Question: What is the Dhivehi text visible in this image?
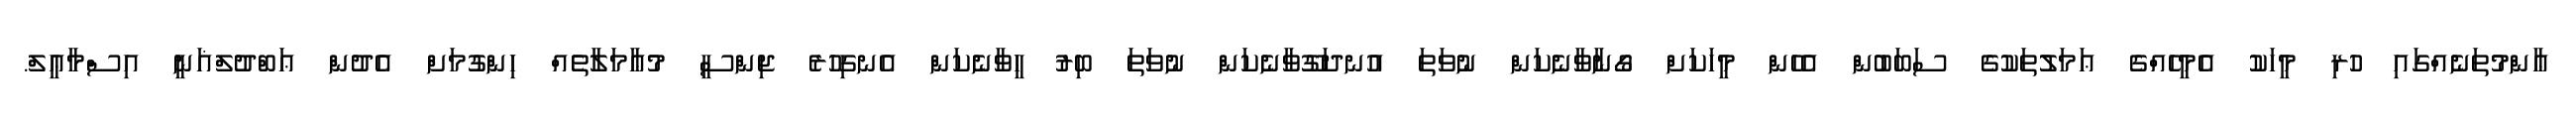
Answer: ޢާންމުތަނެއްގައި ހުރި މީހަކު އެމީހެއްގެ ޢަމަލުތަކުގެ ސަބަބުން އެހެން މީހަކަށް ގޯނާވާނެކަން ނުވަތަ އުނދަގޫވާނެކަން ނުވަތަ ބިރު ހީވާނެކަން އެނގިހުރެ ޖިންސީ މުޢާމަލާތެއް ހިންގުމަށް އެދުން ޢަބްދުލްޣަނީ އިސްމާޢީލް.